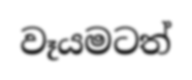
වෑයමටත්